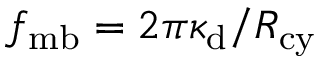
f _ { \mathrm { m b } } = 2 \pi \kappa _ { \mathrm { d } } / R _ { \mathrm { c y } }